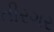
તીરગર